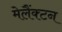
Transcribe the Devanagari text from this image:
मेलैंक्टन